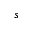
s